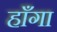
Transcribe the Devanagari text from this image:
हाँगा